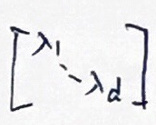
$[ x _ { 1 } \cdots x _ { d } ]$